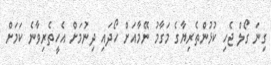
ގިނަ ގޯލް ޖެހި ކުޅުންތެރިޔާގެ މަގާމު ނޭމާއަށް ހޯދައި ދިނުމަށް އެހީތެރިިވާނެ ކަމަށް